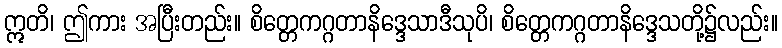
ဣတိ၊ ဤကား အပြီးတည်း။ စိတ္တေကဂ္ဂတာနိဒ္ဒေသာဒီသုပိ၊ စိတ္တေကဂ္ဂတာနိဒ္ဒေသတို့၌လည်း။